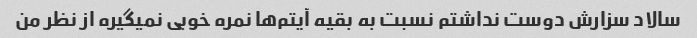
سالاد سزارش دوست نداشتم نسبت به بقیه آیتم‌ها نمره خوبی نمیگیره از نظر من